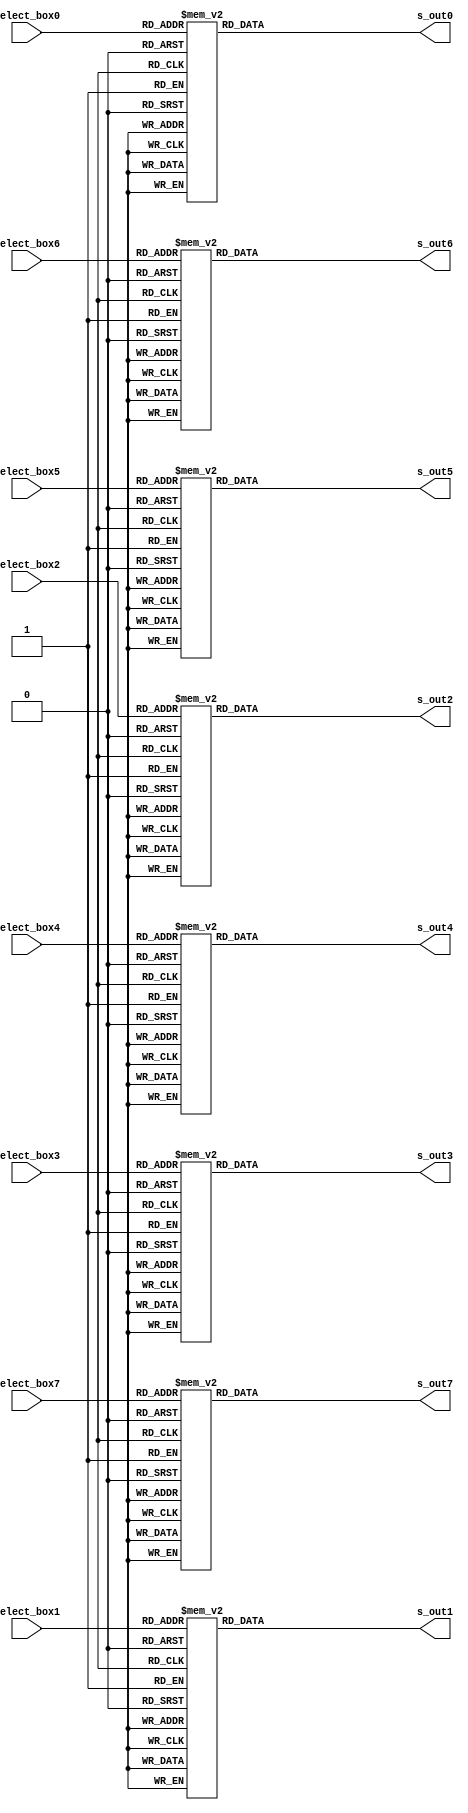
// The S MagicBoxes
module s_box(
input      [5:0] select_box0,
input      [5:0] select_box1,
input      [5:0] select_box2,
input      [5:0] select_box3,
input      [5:0] select_box4,
input      [5:0] select_box5,
input      [5:0] select_box6,
input      [5:0] select_box7,
output reg [3:0] s_out0,/* synthesis preserve */
output reg [3:0] s_out1,/* synthesis preserve */
output reg [3:0] s_out2,/* synthesis preserve */
output reg [3:0] s_out3,/* synthesis preserve */
output reg [3:0] s_out4,/* synthesis preserve */
output reg [3:0] s_out5,/* synthesis preserve */
output reg [3:0] s_out6,/* synthesis preserve */
output reg [3:0] s_out7 /* synthesis preserve */
);

always@(*) begin
case(select_box0)
//Box 0
  6'd0: s_out0 <= 4'hE;
  6'd1: s_out0 <= 4'h4;
  6'd2: s_out0 <= 4'hD;
  6'd3: s_out0 <= 4'h1;
  6'd4: s_out0 <= 4'h2;
  6'd5: s_out0 <= 4'hF;
  6'd6: s_out0 <= 4'hB;
  6'd7: s_out0 <= 4'h8;
  6'd8: s_out0 <= 4'h3;
  6'd9: s_out0 <= 4'hA;
  6'd10: s_out0 <= 4'h6;
  6'd11: s_out0 <= 4'hC;
  6'd12: s_out0 <= 4'h5;
  6'd13: s_out0 <= 4'h9;
  6'd14: s_out0 <= 4'h0;
  6'd15: s_out0 <= 4'h7;
  6'd16: s_out0 <= 4'h0;
  6'd17: s_out0 <= 4'hF;
  6'd18: s_out0 <= 4'h7;
  6'd19: s_out0 <= 4'h4;
  6'd20: s_out0 <= 4'hE;
  6'd21: s_out0 <= 4'h2;
  6'd22: s_out0 <= 4'hD;
  6'd23: s_out0 <= 4'h1;
  6'd24: s_out0 <= 4'hA;
  6'd25: s_out0 <= 4'h6;
  6'd26: s_out0 <= 4'hC;
  6'd27: s_out0 <= 4'hB;
  6'd28: s_out0 <= 4'h9;
  6'd29: s_out0 <= 4'h5;
  6'd30: s_out0 <= 4'h3;
  6'd31: s_out0 <= 4'h8;
  6'd32: s_out0 <= 4'h4;
  6'd33: s_out0 <= 4'h1;
  6'd34: s_out0 <= 4'hE;
  6'd35: s_out0 <= 4'h8;
  6'd36: s_out0 <= 4'hD;
  6'd37: s_out0 <= 4'h6;
  6'd38: s_out0 <= 4'h2;
  6'd39: s_out0 <= 4'hB;
  6'd40: s_out0 <= 4'hF;
  6'd41: s_out0 <= 4'hC;
  6'd42: s_out0 <= 4'h9;
  6'd43: s_out0 <= 4'h7;
  6'd44: s_out0 <= 4'h3;
  6'd45: s_out0 <= 4'hA;
  6'd46: s_out0 <= 4'h5;
  6'd47: s_out0 <= 4'h0;
  6'd48: s_out0 <= 4'hF;
  6'd49: s_out0 <= 4'hC;
  6'd50: s_out0 <= 4'h8;
  6'd51: s_out0 <= 4'h2;
  6'd52: s_out0 <= 4'h4;
  6'd53: s_out0 <= 4'h9;
  6'd54: s_out0 <= 4'h1;
  6'd55: s_out0 <= 4'h7;
  6'd56: s_out0 <= 4'h5;
  6'd57: s_out0 <= 4'hB;
  6'd58: s_out0 <= 4'h3;
  6'd59: s_out0 <= 4'hE;
  6'd60: s_out0 <= 4'hA;
  6'd61: s_out0 <= 4'h0;
  6'd62: s_out0 <= 4'h6;
  6'd63: s_out0 <= 4'hD;
  default: s_out0 <= 4'hX;
endcase

case(select_box1)
//Box 1
  6'd0: s_out1 <= 4'hF;
  6'd1: s_out1 <= 4'h1;
  6'd2: s_out1 <= 4'h8;
  6'd3: s_out1 <= 4'hE;
  6'd4: s_out1 <= 4'h6;
  6'd5: s_out1 <= 4'hB;
  6'd6: s_out1 <= 4'h3;
  6'd7: s_out1 <= 4'h4;
  6'd8: s_out1 <= 4'h9;
  6'd9: s_out1 <= 4'h7;
  6'd10: s_out1 <= 4'h2;
  6'd11: s_out1 <= 4'hD;
  6'd12: s_out1 <= 4'hC;
  6'd13: s_out1 <= 4'h0;
  6'd14: s_out1 <= 4'h5;
  6'd15: s_out1 <= 4'hA;
  6'd16: s_out1 <= 4'h3;
  6'd17: s_out1 <= 4'hD;
  6'd18: s_out1 <= 4'h4;
  6'd19: s_out1 <= 4'h7;
  6'd20: s_out1 <= 4'hF;
  6'd21: s_out1 <= 4'h2;
  6'd22: s_out1 <= 4'h8;
  6'd23: s_out1 <= 4'hE;
  6'd24: s_out1 <= 4'hC;
  6'd25: s_out1 <= 4'h0;
  6'd26: s_out1 <= 4'h1;
  6'd27: s_out1 <= 4'hA;
  6'd28: s_out1 <= 4'h6;
  6'd29: s_out1 <= 4'h9;
  6'd30: s_out1 <= 4'hB;
  6'd31: s_out1 <= 4'h5;
  6'd32: s_out1 <= 4'h0;
  6'd33: s_out1 <= 4'hE;
  6'd34: s_out1 <= 4'h7;
  6'd35: s_out1 <= 4'hB;
  6'd36: s_out1 <= 4'hA;
  6'd37: s_out1 <= 4'h4;
  6'd38: s_out1 <= 4'hD;
  6'd39: s_out1 <= 4'h1;
  6'd40: s_out1 <= 4'h5;
  6'd41: s_out1 <= 4'h8;
  6'd42: s_out1 <= 4'hC;
  6'd43: s_out1 <= 4'h6;
  6'd44: s_out1 <= 4'h9;
  6'd45: s_out1 <= 4'h3;
  6'd46: s_out1 <= 4'h2;
  6'd47: s_out1 <= 4'hF;
  6'd48: s_out1 <= 4'hD;
  6'd49: s_out1 <= 4'h8;
  6'd50: s_out1 <= 4'hA;
  6'd51: s_out1 <= 4'h1;
  6'd52: s_out1 <= 4'h3;
  6'd53: s_out1 <= 4'hF;
  6'd54: s_out1 <= 4'h4;
  6'd55: s_out1 <= 4'h2;
  6'd56: s_out1 <= 4'hB;
  6'd57: s_out1 <= 4'h6;
  6'd58: s_out1 <= 4'h7;
  6'd59: s_out1 <= 4'hC;
  6'd60: s_out1 <= 4'h0;
  6'd61: s_out1 <= 4'h5;
  6'd62: s_out1 <= 4'hE;
  6'd63: s_out1 <= 4'h9;
  default: s_out1 <= 4'hX;
endcase

case(select_box2)
//Box 2
  6'd0: s_out2 <= 4'hA;
  6'd1: s_out2 <= 4'h0;
  6'd2: s_out2 <= 4'h9;
  6'd3: s_out2 <= 4'hE;
  6'd4: s_out2 <= 4'h6;
  6'd5: s_out2 <= 4'h3;
  6'd6: s_out2 <= 4'hF;
  6'd7: s_out2 <= 4'h5;
  6'd8: s_out2 <= 4'h1;
  6'd9: s_out2 <= 4'hD;
  6'd10: s_out2 <= 4'hC;
  6'd11: s_out2 <= 4'h7;
  6'd12: s_out2 <= 4'hB;
  6'd13: s_out2 <= 4'h4;
  6'd14: s_out2 <= 4'h2;
  6'd15: s_out2 <= 4'h8;
  6'd16: s_out2 <= 4'hD;
  6'd17: s_out2 <= 4'h7;
  6'd18: s_out2 <= 4'h0;
  6'd19: s_out2 <= 4'h9;
  6'd20: s_out2 <= 4'h3;
  6'd21: s_out2 <= 4'h4;
  6'd22: s_out2 <= 4'h6;
  6'd23: s_out2 <= 4'hA;
  6'd24: s_out2 <= 4'h2;
  6'd25: s_out2 <= 4'h8;
  6'd26: s_out2 <= 4'h5;
  6'd27: s_out2 <= 4'hE;
  6'd28: s_out2 <= 4'hC;
  6'd29: s_out2 <= 4'hB;
  6'd30: s_out2 <= 4'hF;
  6'd31: s_out2 <= 4'h1;
  6'd32: s_out2 <= 4'hD;
  6'd33: s_out2 <= 4'h6;
  6'd34: s_out2 <= 4'h4;
  6'd35: s_out2 <= 4'h9;
  6'd36: s_out2 <= 4'h8;
  6'd37: s_out2 <= 4'hF;
  6'd38: s_out2 <= 4'h3;
  6'd39: s_out2 <= 4'h0;
  6'd40: s_out2 <= 4'hB;
  6'd41: s_out2 <= 4'h1;
  6'd42: s_out2 <= 4'h2;
  6'd43: s_out2 <= 4'hC;
  6'd44: s_out2 <= 4'h5;
  6'd45: s_out2 <= 4'hA;
  6'd46: s_out2 <= 4'hE;
  6'd47: s_out2 <= 4'h7;
  6'd48: s_out2 <= 4'h1;
  6'd49: s_out2 <= 4'hA;
  6'd50: s_out2 <= 4'hD;
  6'd51: s_out2 <= 4'h0;
  6'd52: s_out2 <= 4'h6;
  6'd53: s_out2 <= 4'h9;
  6'd54: s_out2 <= 4'h8;
  6'd55: s_out2 <= 4'h7;
  6'd56: s_out2 <= 4'h4;
  6'd57: s_out2 <= 4'hF;
  6'd58: s_out2 <= 4'hE;
  6'd59: s_out2 <= 4'h3;
  6'd60: s_out2 <= 4'hB;
  6'd61: s_out2 <= 4'h5;
  6'd62: s_out2 <= 4'h2;
  6'd63: s_out2 <= 4'hC;
  default: s_out2 <= 4'hX;
endcase

case(select_box3)
//Box 3
  6'd0: s_out3 <= 4'h7;
  6'd1: s_out3 <= 4'hD;
  6'd2: s_out3 <= 4'hE;
  6'd3: s_out3 <= 4'h3;
  6'd4: s_out3 <= 4'h0;
  6'd5: s_out3 <= 4'h6;
  6'd6: s_out3 <= 4'h9;
  6'd7: s_out3 <= 4'hA;
  6'd8: s_out3 <= 4'h1;
  6'd9: s_out3 <= 4'h2;
  6'd10: s_out3 <= 4'h8;
  6'd11: s_out3 <= 4'h5;
  6'd12: s_out3 <= 4'hB;
  6'd13: s_out3 <= 4'hC;
  6'd14: s_out3 <= 4'h4;
  6'd15: s_out3 <= 4'hF;
  6'd16: s_out3 <= 4'hD;
  6'd17: s_out3 <= 4'h8;
  6'd18: s_out3 <= 4'hB;
  6'd19: s_out3 <= 4'h5;
  6'd20: s_out3 <= 4'h6;
  6'd21: s_out3 <= 4'hF;
  6'd22: s_out3 <= 4'h0;
  6'd23: s_out3 <= 4'h3;
  6'd24: s_out3 <= 4'h4;
  6'd25: s_out3 <= 4'h7;
  6'd26: s_out3 <= 4'h2;
  6'd27: s_out3 <= 4'hC;
  6'd28: s_out3 <= 4'h1;
  6'd29: s_out3 <= 4'hA;
  6'd30: s_out3 <= 4'hE;
  6'd31: s_out3 <= 4'h9;
  6'd32: s_out3 <= 4'hA;
  6'd33: s_out3 <= 4'h6;
  6'd34: s_out3 <= 4'h9;
  6'd35: s_out3 <= 4'h0;
  6'd36: s_out3 <= 4'hC;
  6'd37: s_out3 <= 4'hB;
  6'd38: s_out3 <= 4'h7;
  6'd39: s_out3 <= 4'hD;
  6'd40: s_out3 <= 4'hF;
  6'd41: s_out3 <= 4'h1;
  6'd42: s_out3 <= 4'h3;
  6'd43: s_out3 <= 4'hE;
  6'd44: s_out3 <= 4'h5;
  6'd45: s_out3 <= 4'h2;
  6'd46: s_out3 <= 4'h8;
  6'd47: s_out3 <= 4'h4;
  6'd48: s_out3 <= 4'h3;
  6'd49: s_out3 <= 4'hF;
  6'd50: s_out3 <= 4'h0;
  6'd51: s_out3 <= 4'h6;
  6'd52: s_out3 <= 4'hA;
  6'd53: s_out3 <= 4'h1;
  6'd54: s_out3 <= 4'hD;
  6'd55: s_out3 <= 4'h8;
  6'd56: s_out3 <= 4'h9;
  6'd57: s_out3 <= 4'h4;
  6'd58: s_out3 <= 4'h5;
  6'd59: s_out3 <= 4'hB;
  6'd60: s_out3 <= 4'hC;
  6'd61: s_out3 <= 4'h7;
  6'd62: s_out3 <= 4'h2;
  6'd63: s_out3 <= 4'hE;
  default: s_out3 <= 4'hX;
endcase

case(select_box4)
//Box 4
  6'd0: s_out4 <= 4'h2;
  6'd1: s_out4 <= 4'hC;
  6'd2: s_out4 <= 4'h4;
  6'd3: s_out4 <= 4'h1;
  6'd4: s_out4 <= 4'h7;
  6'd5: s_out4 <= 4'hA;
  6'd6: s_out4 <= 4'hB;
  6'd7: s_out4 <= 4'h6;
  6'd8: s_out4 <= 4'h8;
  6'd9: s_out4 <= 4'h5;
  6'd10: s_out4 <= 4'h3;
  6'd11: s_out4 <= 4'hF;
  6'd12: s_out4 <= 4'hD;
  6'd13: s_out4 <= 4'h0;
  6'd14: s_out4 <= 4'hE;
  6'd15: s_out4 <= 4'h9;
  6'd16: s_out4 <= 4'hE;
  6'd17: s_out4 <= 4'hB;
  6'd18: s_out4 <= 4'h2;
  6'd19: s_out4 <= 4'hC;
  6'd20: s_out4 <= 4'h4;
  6'd21: s_out4 <= 4'h7;
  6'd22: s_out4 <= 4'hD;
  6'd23: s_out4 <= 4'h1;
  6'd24: s_out4 <= 4'h5;
  6'd25: s_out4 <= 4'h0;
  6'd26: s_out4 <= 4'hF;
  6'd27: s_out4 <= 4'hA;
  6'd28: s_out4 <= 4'h3;
  6'd29: s_out4 <= 4'h9;
  6'd30: s_out4 <= 4'h8;
  6'd31: s_out4 <= 4'h6;
  6'd32: s_out4 <= 4'h4;
  6'd33: s_out4 <= 4'h2;
  6'd34: s_out4 <= 4'h1;
  6'd35: s_out4 <= 4'hB;
  6'd36: s_out4 <= 4'hA;
  6'd37: s_out4 <= 4'hD;
  6'd38: s_out4 <= 4'h7;
  6'd39: s_out4 <= 4'h8;
  6'd40: s_out4 <= 4'hF;
  6'd41: s_out4 <= 4'h9;
  6'd42: s_out4 <= 4'hC;
  6'd43: s_out4 <= 4'h5;
  6'd44: s_out4 <= 4'h6;
  6'd45: s_out4 <= 4'h3;
  6'd46: s_out4 <= 4'h0;
  6'd47: s_out4 <= 4'hE;
  6'd48: s_out4 <= 4'hB;
  6'd49: s_out4 <= 4'h8;
  6'd50: s_out4 <= 4'hC;
  6'd51: s_out4 <= 4'h7;
  6'd52: s_out4 <= 4'h1;
  6'd53: s_out4 <= 4'hE;
  6'd54: s_out4 <= 4'h2;
  6'd55: s_out4 <= 4'hD;
  6'd56: s_out4 <= 4'h6;
  6'd57: s_out4 <= 4'hF;
  6'd58: s_out4 <= 4'h0;
  6'd59: s_out4 <= 4'h9;
  6'd60: s_out4 <= 4'hA;
  6'd61: s_out4 <= 4'h4;
  6'd62: s_out4 <= 4'h5;
  6'd63: s_out4 <= 4'h3;
  default: s_out4 <= 4'hX;
endcase

case(select_box5)
//Box 5
  6'd0: s_out5 <= 4'hC;
  6'd1: s_out5 <= 4'h1;
  6'd2: s_out5 <= 4'hA;
  6'd3: s_out5 <= 4'hF;
  6'd4: s_out5 <= 4'h9;
  6'd5: s_out5 <= 4'h2;
  6'd6: s_out5 <= 4'h6;
  6'd7: s_out5 <= 4'h8;
  6'd8: s_out5 <= 4'h0;
  6'd9: s_out5 <= 4'hD;
  6'd10: s_out5 <= 4'h3;
  6'd11: s_out5 <= 4'h4;
  6'd12: s_out5 <= 4'hE;
  6'd13: s_out5 <= 4'h7;
  6'd14: s_out5 <= 4'h5;
  6'd15: s_out5 <= 4'hB;
  6'd16: s_out5 <= 4'hA;
  6'd17: s_out5 <= 4'hF;
  6'd18: s_out5 <= 4'h4;
  6'd19: s_out5 <= 4'h2;
  6'd20: s_out5 <= 4'h7;
  6'd21: s_out5 <= 4'hC;
  6'd22: s_out5 <= 4'h9;
  6'd23: s_out5 <= 4'h5;
  6'd24: s_out5 <= 4'h6;
  6'd25: s_out5 <= 4'h1;
  6'd26: s_out5 <= 4'hD;
  6'd27: s_out5 <= 4'hE;
  6'd28: s_out5 <= 4'h0;
  6'd29: s_out5 <= 4'hB;
  6'd30: s_out5 <= 4'h3;
  6'd31: s_out5 <= 4'h8;
  6'd32: s_out5 <= 4'h9;
  6'd33: s_out5 <= 4'hE;
  6'd34: s_out5 <= 4'hF;
  6'd35: s_out5 <= 4'h5;
  6'd36: s_out5 <= 4'h2;
  6'd37: s_out5 <= 4'h8;
  6'd38: s_out5 <= 4'hC;
  6'd39: s_out5 <= 4'h3;
  6'd40: s_out5 <= 4'h7;
  6'd41: s_out5 <= 4'h0;
  6'd42: s_out5 <= 4'h4;
  6'd43: s_out5 <= 4'hA;
  6'd44: s_out5 <= 4'h1;
  6'd45: s_out5 <= 4'hD;
  6'd46: s_out5 <= 4'hB;
  6'd47: s_out5 <= 4'h6;
  6'd48: s_out5 <= 4'h4;
  6'd49: s_out5 <= 4'h3;
  6'd50: s_out5 <= 4'h2;
  6'd51: s_out5 <= 4'hC;
  6'd52: s_out5 <= 4'h9;
  6'd53: s_out5 <= 4'h5;
  6'd54: s_out5 <= 4'hF;
  6'd55: s_out5 <= 4'hA;
  6'd56: s_out5 <= 4'hB;
  6'd57: s_out5 <= 4'hE;
  6'd58: s_out5 <= 4'h1;
  6'd59: s_out5 <= 4'h7;
  6'd60: s_out5 <= 4'h6;
  6'd61: s_out5 <= 4'h0;
  6'd62: s_out5 <= 4'h8;
  6'd63: s_out5 <= 4'hD;
  default: s_out5 <= 4'hX;
endcase

case(select_box6)
//Box 6
  6'd0: s_out6 <= 4'h4;
  6'd1: s_out6 <= 4'hB;
  6'd2: s_out6 <= 4'h2;
  6'd3: s_out6 <= 4'hE;
  6'd4: s_out6 <= 4'hF;
  6'd5: s_out6 <= 4'h0;
  6'd6: s_out6 <= 4'h8;
  6'd7: s_out6 <= 4'hD;
  6'd8: s_out6 <= 4'h3;
  6'd9: s_out6 <= 4'hC;
  6'd10: s_out6 <= 4'h9;
  6'd11: s_out6 <= 4'h7;
  6'd12: s_out6 <= 4'h5;
  6'd13: s_out6 <= 4'hA;
  6'd14: s_out6 <= 4'h6;
  6'd15: s_out6 <= 4'h1;
  6'd16: s_out6 <= 4'hD;
  6'd17: s_out6 <= 4'h0;
  6'd18: s_out6 <= 4'hB;
  6'd19: s_out6 <= 4'h7;
  6'd20: s_out6 <= 4'h4;
  6'd21: s_out6 <= 4'h9;
  6'd22: s_out6 <= 4'h1;
  6'd23: s_out6 <= 4'hA;
  6'd24: s_out6 <= 4'hE;
  6'd25: s_out6 <= 4'h3;
  6'd26: s_out6 <= 4'h5;
  6'd27: s_out6 <= 4'hC;
  6'd28: s_out6 <= 4'h2;
  6'd29: s_out6 <= 4'hF;
  6'd30: s_out6 <= 4'h8;
  6'd31: s_out6 <= 4'h6;
  6'd32: s_out6 <= 4'h1;
  6'd33: s_out6 <= 4'h4;
  6'd34: s_out6 <= 4'hB;
  6'd35: s_out6 <= 4'hD;
  6'd36: s_out6 <= 4'hC;
  6'd37: s_out6 <= 4'h3;
  6'd38: s_out6 <= 4'h7;
  6'd39: s_out6 <= 4'hE;
  6'd40: s_out6 <= 4'hA;
  6'd41: s_out6 <= 4'hF;
  6'd42: s_out6 <= 4'h6;
  6'd43: s_out6 <= 4'h8;
  6'd44: s_out6 <= 4'h0;
  6'd45: s_out6 <= 4'h5;
  6'd46: s_out6 <= 4'h9;
  6'd47: s_out6 <= 4'h2;
  6'd48: s_out6 <= 4'h6;
  6'd49: s_out6 <= 4'hB;
  6'd50: s_out6 <= 4'hD;
  6'd51: s_out6 <= 4'h8;
  6'd52: s_out6 <= 4'h1;
  6'd53: s_out6 <= 4'h4;
  6'd54: s_out6 <= 4'hA;
  6'd55: s_out6 <= 4'h7;
  6'd56: s_out6 <= 4'h9;
  6'd57: s_out6 <= 4'h5;
  6'd58: s_out6 <= 4'h0;
  6'd59: s_out6 <= 4'hF;
  6'd60: s_out6 <= 4'hE;
  6'd61: s_out6 <= 4'h2;
  6'd62: s_out6 <= 4'h3;
  6'd63: s_out6 <= 4'hC;
  default: s_out6 <= 4'hX;
endcase

case(select_box7)
//Box 7
  6'd0: s_out7 <= 4'hD;
  6'd1: s_out7 <= 4'h2;
  6'd2: s_out7 <= 4'h8;
  6'd3: s_out7 <= 4'h4;
  6'd4: s_out7 <= 4'h6;
  6'd5: s_out7 <= 4'hF;
  6'd6: s_out7 <= 4'hB;
  6'd7: s_out7 <= 4'h1;
  6'd8: s_out7 <= 4'hA;
  6'd9: s_out7 <= 4'h9;
  6'd10: s_out7 <= 4'h3;
  6'd11: s_out7 <= 4'hE;
  6'd12: s_out7 <= 4'h5;
  6'd13: s_out7 <= 4'h0;
  6'd14: s_out7 <= 4'hC;
  6'd15: s_out7 <= 4'h7;
  6'd16: s_out7 <= 4'h1;
  6'd17: s_out7 <= 4'hF;
  6'd18: s_out7 <= 4'hD;
  6'd19: s_out7 <= 4'h8;
  6'd20: s_out7 <= 4'hA;
  6'd21: s_out7 <= 4'h3;
  6'd22: s_out7 <= 4'h7;
  6'd23: s_out7 <= 4'h4;
  6'd24: s_out7 <= 4'hC;
  6'd25: s_out7 <= 4'h5;
  6'd26: s_out7 <= 4'h6;
  6'd27: s_out7 <= 4'hB;
  6'd28: s_out7 <= 4'h0;
  6'd29: s_out7 <= 4'hE;
  6'd30: s_out7 <= 4'h9;
  6'd31: s_out7 <= 4'h2;
  6'd32: s_out7 <= 4'h7;
  6'd33: s_out7 <= 4'hB;
  6'd34: s_out7 <= 4'h4;
  6'd35: s_out7 <= 4'h1;
  6'd36: s_out7 <= 4'h9;
  6'd37: s_out7 <= 4'hC;
  6'd38: s_out7 <= 4'hE;
  6'd39: s_out7 <= 4'h2;
  6'd40: s_out7 <= 4'h0;
  6'd41: s_out7 <= 4'h6;
  6'd42: s_out7 <= 4'hA;
  6'd43: s_out7 <= 4'hD;
  6'd44: s_out7 <= 4'hF;
  6'd45: s_out7 <= 4'h3;
  6'd46: s_out7 <= 4'h5;
  6'd47: s_out7 <= 4'h8;
  6'd48: s_out7 <= 4'h2;
  6'd49: s_out7 <= 4'h1;
  6'd50: s_out7 <= 4'hE;
  6'd51: s_out7 <= 4'h7;
  6'd52: s_out7 <= 4'h4;
  6'd53: s_out7 <= 4'hA;
  6'd54: s_out7 <= 4'h8;
  6'd55: s_out7 <= 4'hD;
  6'd56: s_out7 <= 4'hF;
  6'd57: s_out7 <= 4'hC;
  6'd58: s_out7 <= 4'h9;
  6'd59: s_out7 <= 4'h0;
  6'd60: s_out7 <= 4'h3;
  6'd61: s_out7 <= 4'h5;
  6'd62: s_out7 <= 4'h6;
  6'd63: s_out7 <= 4'hB;
  default: s_out7 <= 4'hX;
endcase

end
 
endmodule